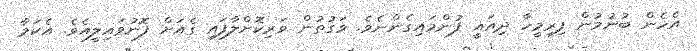
އެހެން ބުނުމުން ފިރިމީހާ ދިއައީ ފުންމައިގެންނެވެ. ވަގުތުން ވަރިކޮށްލާފައި ގެއަށް ފޮނުވައިލީއެވެ. އެކަމާ